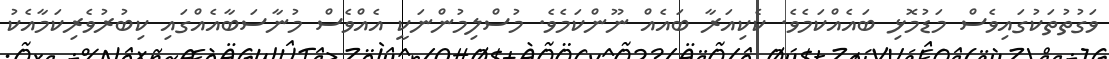
ވަގުތުތަކުގައިވެސް މަޑުމޮޅި ބައެއްކަމެވެ. ކެކިއަރާ ބައެއް ނޫންކަމެވެ. މުސްލިމުންނަކީ އެއްވެސް މުނާސަބާއެއްގައި ކިބުރުވެރިކަމާއެކު